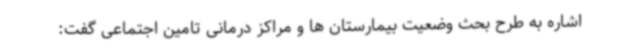
اشاره به طرح بحث وضعیت بیمارستان ها و مراکز درمانی تامین اجتماعی گفت: